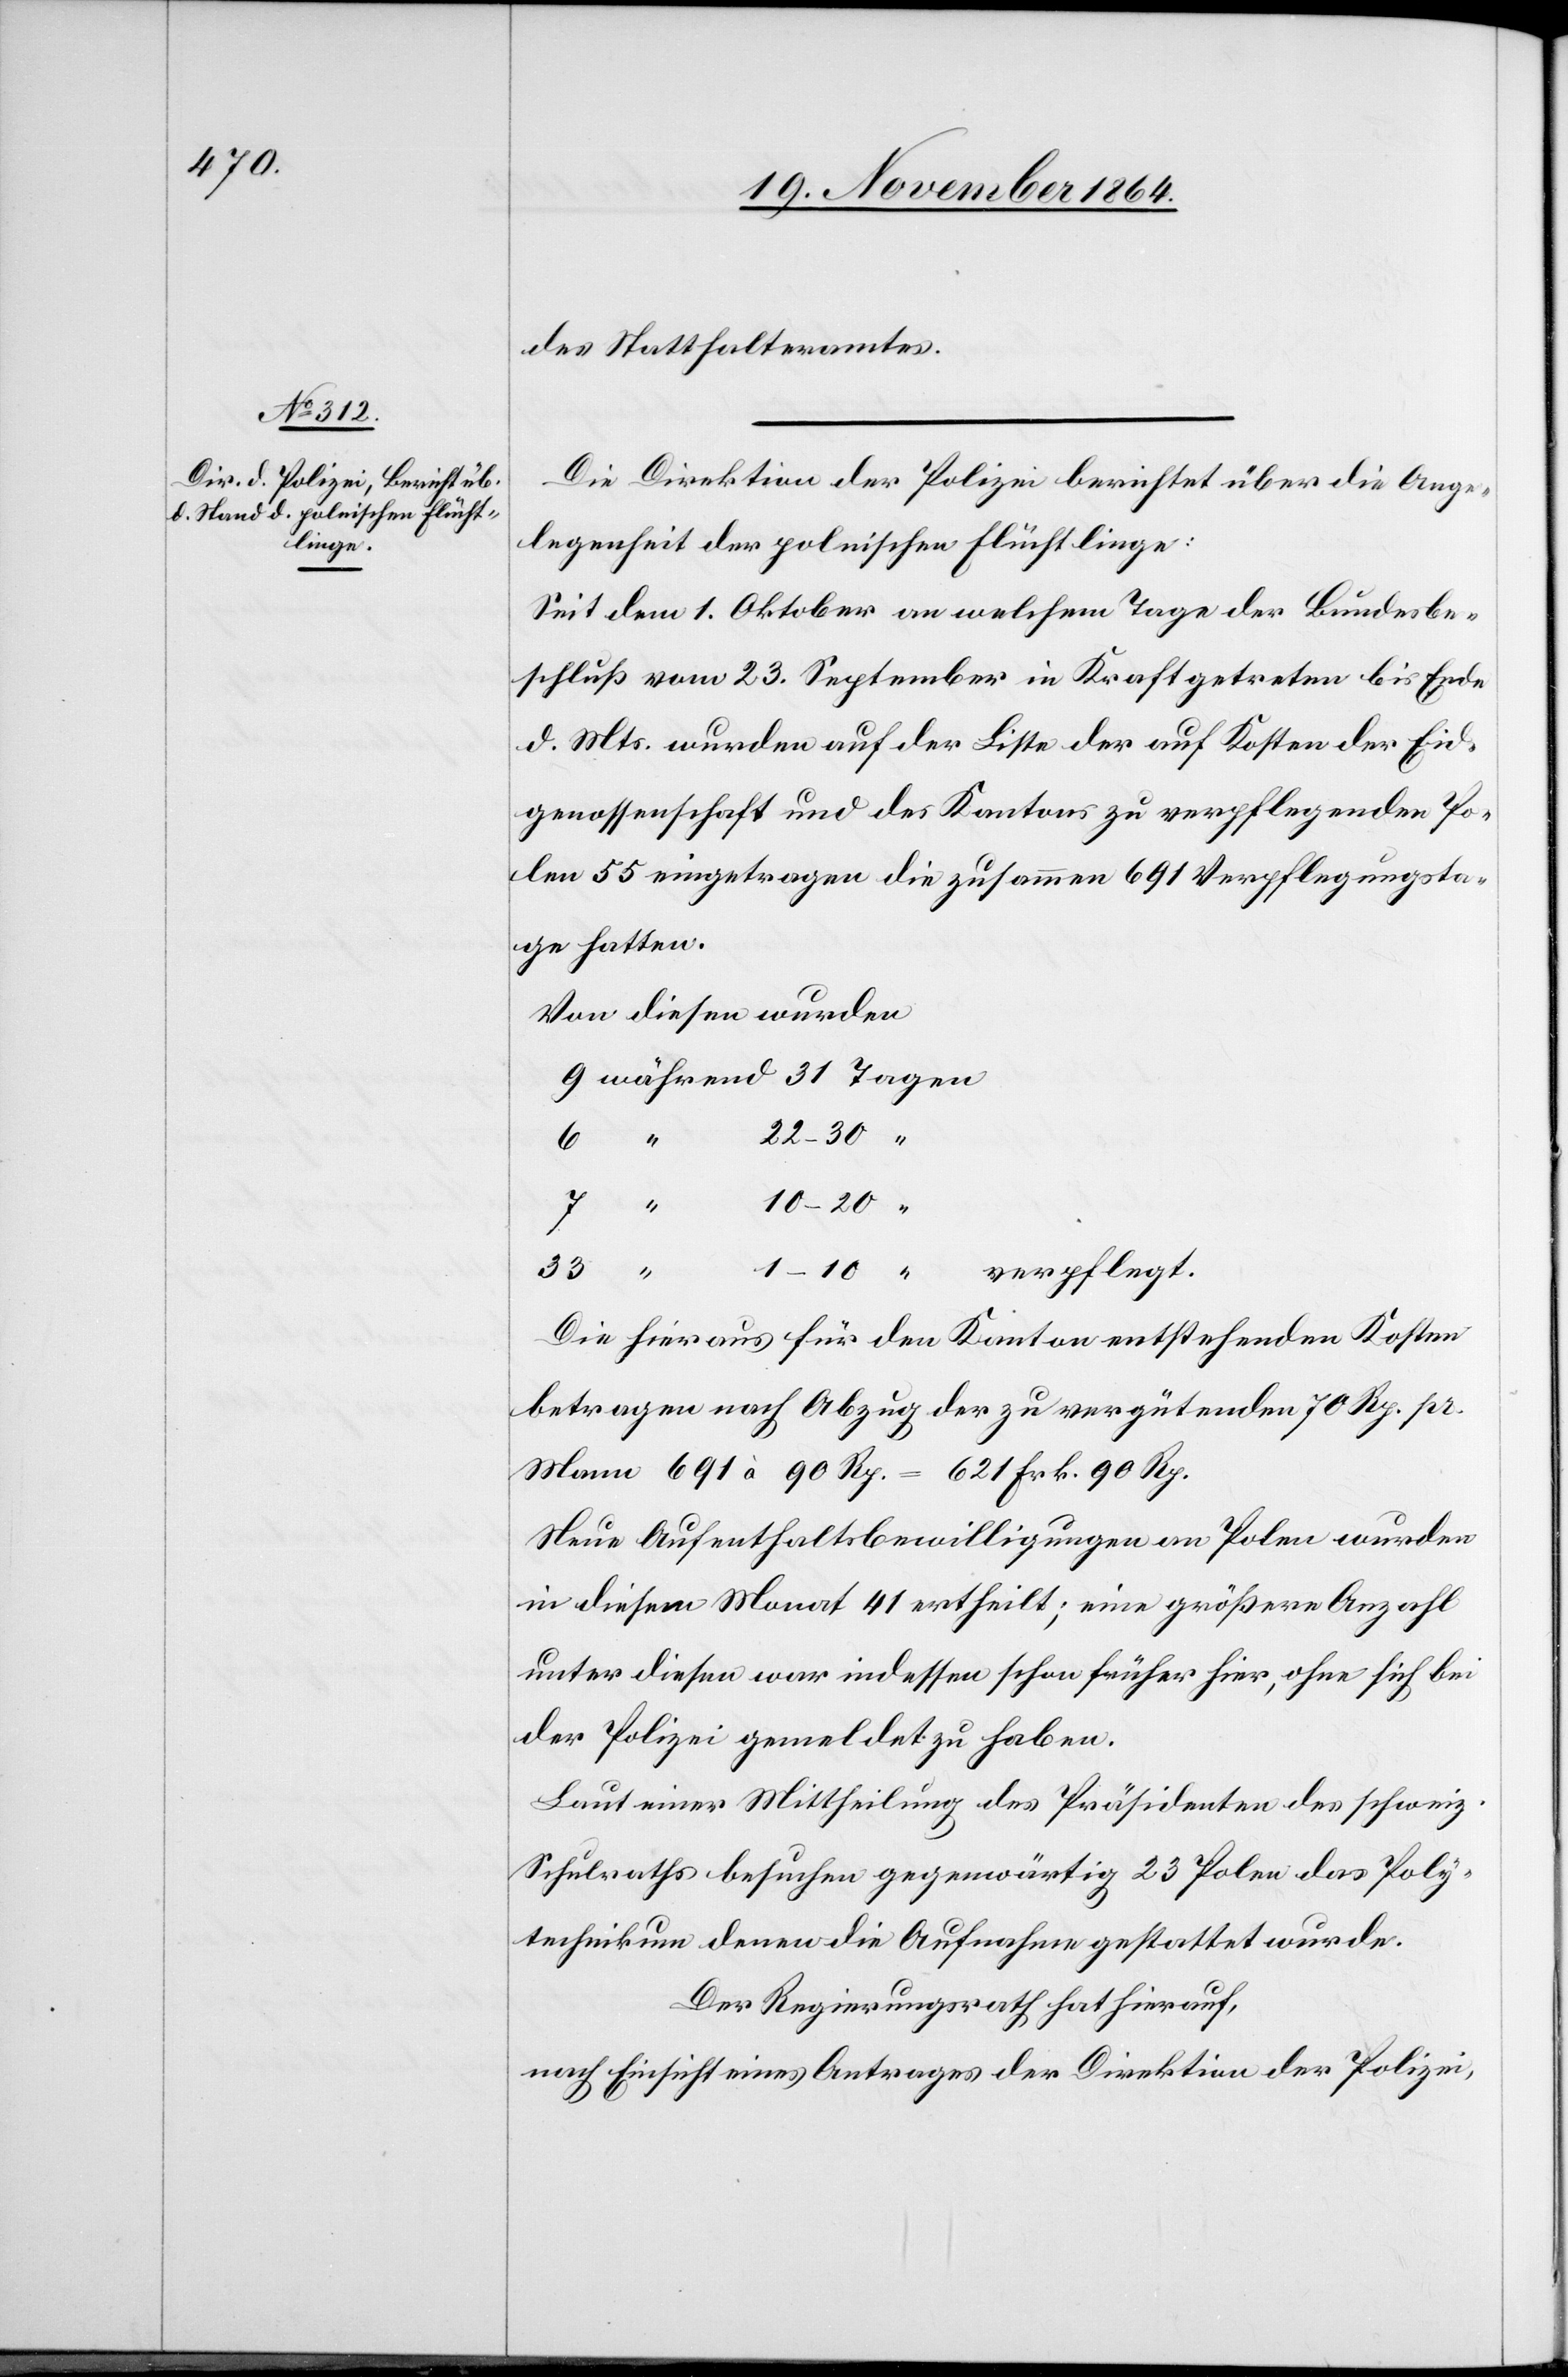
des Statthalteramtes.
Die Direktion der Polizei berichtet über die Ange¬
legenheit der polnischen Flüchtlinge:
Seit dem 1. Oktober an welchem Tage der Bundesbe¬
schluß vom 23. September in Kraft getreten bis Ende
d. Mts. wurden auf der Liste der auf Kosten der Eid¬
genossenschaft und des Kantons zu verpflegenden Po¬
len 55 eingetragen die zusammen 691 Verpflegungsta¬
ge hatten.
Von diesen wurden
10–20
Die hieraus für den Kanton entstehenden Kosten
betragen nach Abzug der zu vergütenden 70 Rp. pr.
Mann 691 à 90 Rp. = 621 Frk. 90 Rp.
Neue Aufenthaltsbewilligungen an Polen wurden
in diesem Monat 41 ertheilt; eine größere Anzahl
unter diesen war indessen schon früher hier, ohne sich bei
der Polizei gemeldet zu haben.
Laut einer Mittheilung des Präsidenten des schweiz.
Schulraths besuchen gegenwärtig 23 Polen das Poly¬
technikum denen die Aufnahme gestattet wurde.
Der Regierungsrath hat hierauf,
nach Einsicht eines Antrages der Direktion der Polizei,